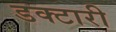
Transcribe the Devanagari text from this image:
डक्टारी